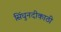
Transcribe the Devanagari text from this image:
सिंधुनदीकाठी